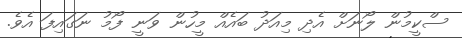
ސްކީމުން ލޯނަށް އެދި މިއަދު ބައެއް މީހުން ވަނީ ފޯމު ނަގައިފަ އެވެ.